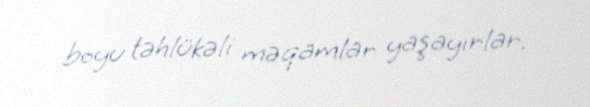
boyu təhlükəli məqamlar yaşayırlar.